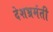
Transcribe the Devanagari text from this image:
देशभ्रमंती